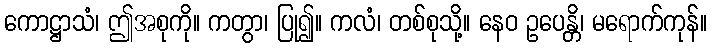
ကောဋ္ဌာသံ၊ ဤအစုကို။ ကတွာ၊ ပြု၍။ ကလံ၊ တစ်စုသို့။ နေဝ ဥပေန္တိ၊ မရောက်ကုန်။